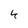
Character: 4